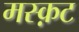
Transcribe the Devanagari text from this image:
मस्क़ट